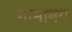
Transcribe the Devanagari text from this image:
गामानय